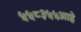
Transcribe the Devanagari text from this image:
५५८३५५आहे